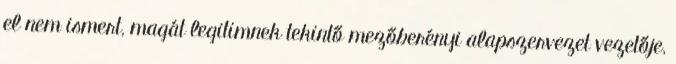
el nem ismert, magát legitimnek tekintő mezőberényi alapszervezet vezetője,